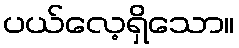
ပယ်လေ့ရှိသော။